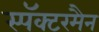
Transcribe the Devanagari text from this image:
स्पॅक्टरमैन